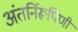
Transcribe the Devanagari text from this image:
अंतर्निरूपिणी